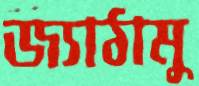
জ্যাঠামু